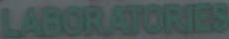
LABORATORIES